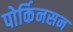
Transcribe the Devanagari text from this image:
पोर्किनसन